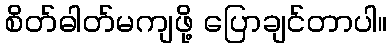
စိတ်ဓါတ်မကျဖို့ ပြောချင်တာပါ။